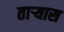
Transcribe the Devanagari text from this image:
ताऱ्यास